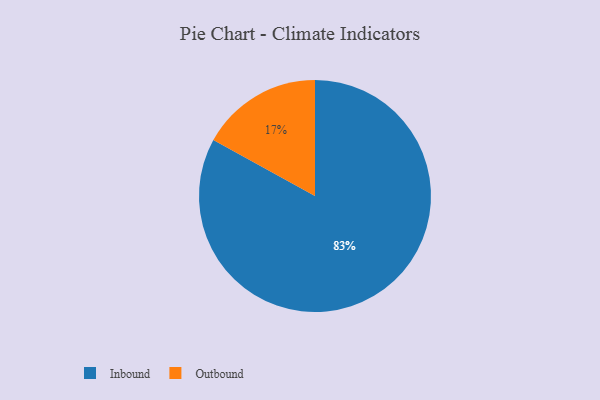
{"axis": {"x": "Category", "y": "Percentage"}, "legend": ["Inbound", "Outbound"], "data": [{"x": "Inbound", "y": 83, "type": "Inbound"}, {"x": "Outbound", "y": 17, "type": "Outbound"}]}